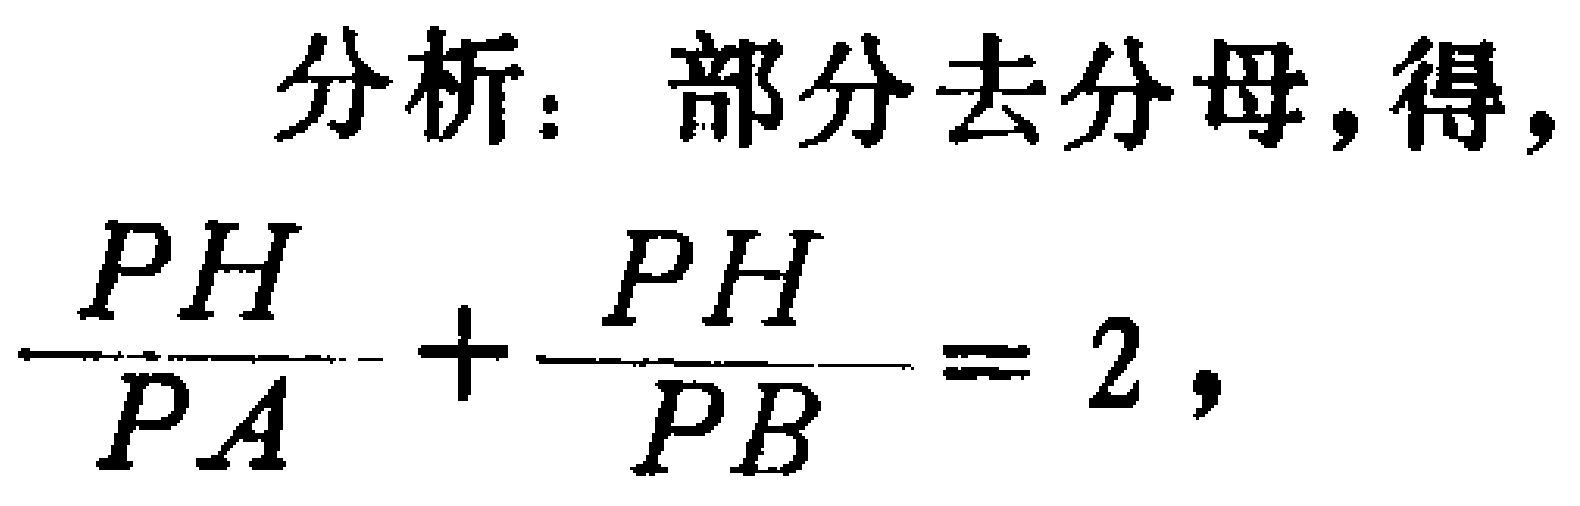
分析：部分去分母，得，
\(\frac{PH}{PA}+\frac{PH}{PB}=2\)，